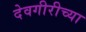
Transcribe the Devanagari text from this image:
देवगीरीच्या